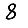
Digit: 8